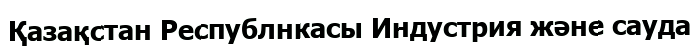
Қазақстан Республнкасы Индустрия және сауда